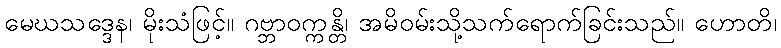
မေဃသဒ္ဒေန၊ မိုးသံဖြင့်။ ဂဗ္ဘာဝက္ကန္တိ၊ အမိဝမ်းသို့သက်ရောက်ခြင်းသည်။ ဟောတိ၊